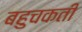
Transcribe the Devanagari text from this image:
बहुचकती